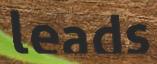
leads